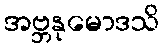
အဗ္ဘနုမောဒသိ